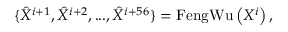
\{ \hat { X } ^ { i + 1 } , \hat { X } ^ { i + 2 } , . . . , \hat { X } ^ { i + 5 6 } \} = \operatorname { F e n g W u } \left( X ^ { i } \right) ,